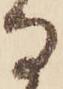
な